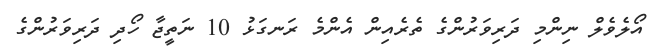
އޯލެވެލް ނިންމި ދަރިވަރުންގެ ތެރެއިން އެންމެ ރަނގަޅު 10 ނަތީޖާ ހޯދި ދަރިވަރުންގެ